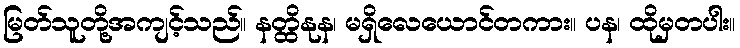
မြတ်သူတို့အကျင့်သည်။ နတ္ထိနုန၊ မရှိလေယောင်တကား။ ပန၊ ထိုမှတပါး။